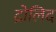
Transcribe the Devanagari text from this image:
द्रोलिद